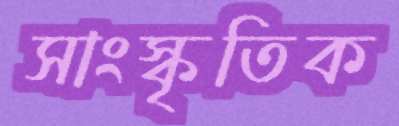
সাংস্কৃতিক